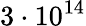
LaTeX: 3\cdot 10^{14}